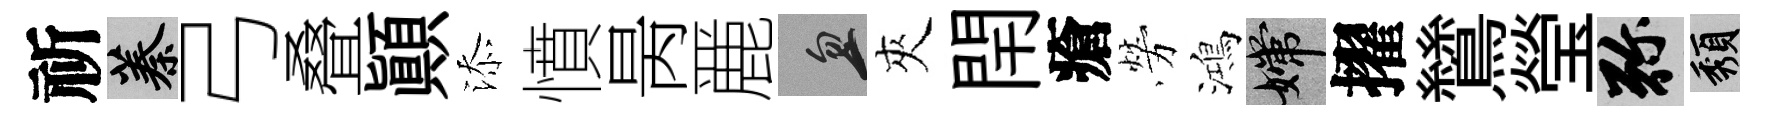
祈蓁弓叠顛添憤昺䴡忽夾閈瘡勞鴻嫦擢鷥瑩弥頽